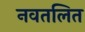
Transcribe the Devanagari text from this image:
नवतलित